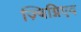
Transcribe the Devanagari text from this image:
ज़्बिग्निएव